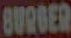
BURBER